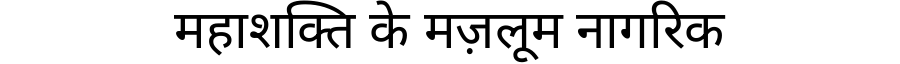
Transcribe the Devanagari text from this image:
महाशक्ति के मज़लूम नागरिक